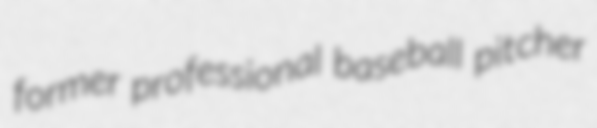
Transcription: former professional baseball pitcher